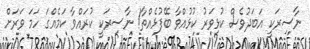
ނާސިރަކީ އަބަދުވެސް ކުޅިވަރު ކުޅުއްވާ ބޭފުޅެއްތާ! ނާސިރަކީ ކުރައްވާ ކަމެއްގަ ހަމަ ވަރަށް